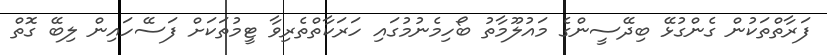
ފަރާތްތަކުން ގެންގުޅޭ ބިދޭސީންގެ މައުލޫމާތު ބޯހިމެނުމުގައި ހަރަކާތްތެރިވާ ޓީމުތަކަށް ފަސޭހައިން ލިބޭ ގޮތް